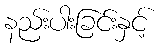
နည်းပါးခြင်းနှင့်